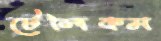
টেলিকম